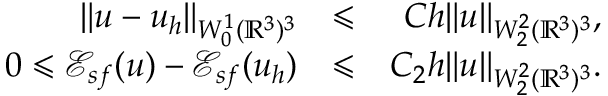
\begin{array} { r l r } { \| u - u _ { h } \| _ { W _ { 0 } ^ { 1 } ( { \mathbb R } ^ { 3 } ) ^ { 3 } } } & { \leqslant } & { C h \| u \| _ { W _ { 2 } ^ { 2 } ( { \mathbb R } ^ { 3 } ) ^ { 3 } } , } \\ { 0 \leqslant { \mathscr E } _ { s f } ( u ) - { \mathscr E } _ { s f } ( u _ { h } ) } & { \leqslant } & { C _ { 2 } h \| u \| _ { W _ { 2 } ^ { 2 } ( { \mathbb R } ^ { 3 } ) ^ { 3 } } . } \end{array}